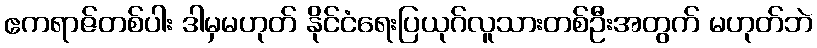
ဧကရာဇ်တစ်ပါး ဒါမှမဟုတ် နိုင်ငံရေးပြယုဂ်လူသားတစ်ဦးအတွက် မဟုတ်ဘဲ